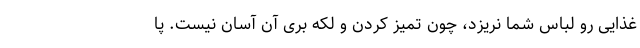
غذایی رو لباس شما نریزد، چون تمیز کردن و لکه بری آن آسان نیست. پا